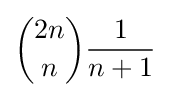
{2n \choose n}{\frac {1}{n+1}}